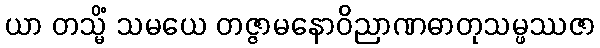
ယာ တသ္မိံ သမယေ တဇ္ဇာမနောဝိညာဏဓာတုသမ္ဖဿဇာ